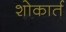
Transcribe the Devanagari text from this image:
शोकार्त